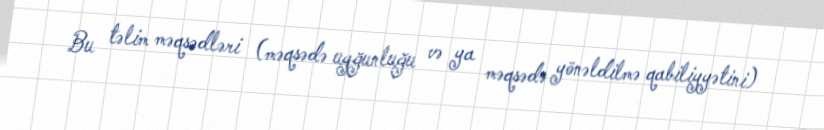
Bu təlim məqsədləri (məqsədə uyğunluğu və ya məqsədə yönəldilmə qabiliyyətini)